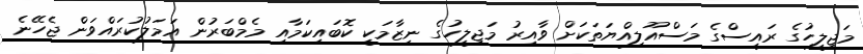
މަޖިލީހުގެ ރައީސްގެ މަސްއޫލިއްޔަތަކަށް ވާއިރު މަޖިލީހުގެ ނިޒާމަކީ ކޮބައިކަމާއި މެމްބަރުން އަމަލުކުރައްވަން ޖެހޭނެ